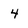
Character: 4